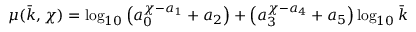
\mu ( \bar { k } , \chi ) = \log _ { 1 0 } \left( a _ { 0 } ^ { \chi - a _ { 1 } } + a _ { 2 } \right) + \left( a _ { 3 } ^ { \chi - a _ { 4 } } + a _ { 5 } \right) \log _ { 1 0 } \bar { k }